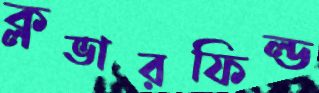
ক্লভারফিল্ড